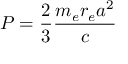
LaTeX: P = { \frac { 2 } { 3 } } { \frac { m _ { e } r _ { e } a ^ { 2 } } { c } }